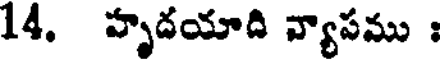
14. హృదయాది వ్యాపము :